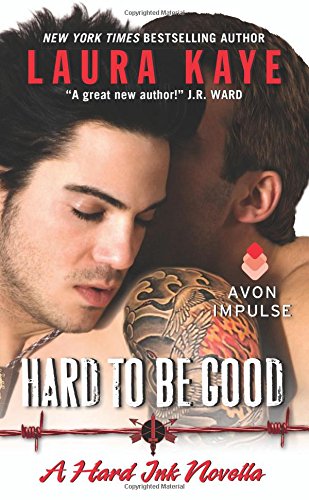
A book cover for Hard to Be Good: A Hard Ink Novella; Laura Kaye; Romance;